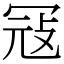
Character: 冦